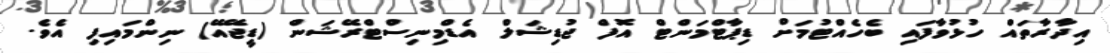
އިދާރާތައް ހުޅުވާފައި ބެހެއްޓުމަށް ޑިޕާޓްމަންޓް އޮފް ޖުޑިޝަލް އެޑްމިނިސްޓްރޭޝަން (ޑީޖޭއޭ) ނިންމައިފި އެވެ.